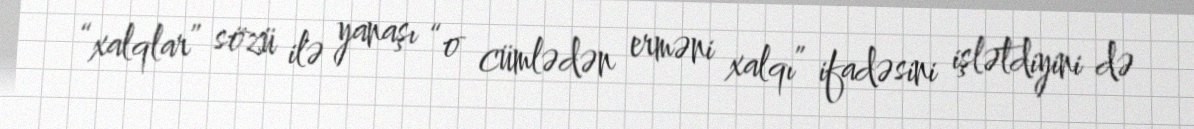
“xalqlar” sözü ilə yanaşı “o cümlədən erməni xalqı” ifadəsini işlətdiyini də